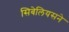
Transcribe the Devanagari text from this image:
सिबेलियसने